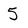
Character: 5